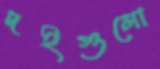
দইগুলো